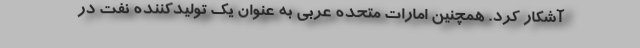
آشکار کرد. همچنین امارات متحده عربی به عنوان یک تولیدکننده نفت در